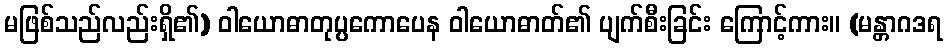
မဖြစ်သည်လည်းရှိ၏) ဝါယောဓာတုပ္ပကောပေန ဝါယောဓာတ်၏ ပျက်စီးခြင်း ကြောင့်ကား။ (မန္တာဂဒရ